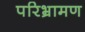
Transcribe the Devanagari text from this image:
परिभ्रामण